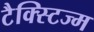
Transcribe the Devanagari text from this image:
टैक्स्टिज्म